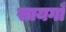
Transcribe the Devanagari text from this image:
सायगाँ